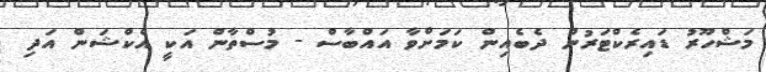
މަޝްހޫރު ޑައިރެކްޓަރުން ދެބެއިން ކަމަށްވާ އައްބާސް - މުސްތާން އަކީ އެކްޝަން އަދި